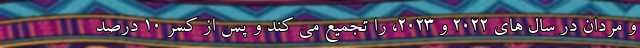
و مردان در سال های 2022 و 2023، را تجمیع می کند و پس از کسر 10 درصد